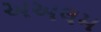
અઅલમ